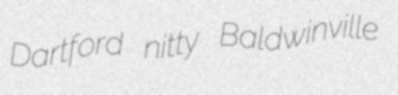
Dartford nitty Baldwinville